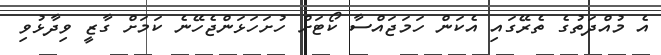
އެ މުއްދަތުގެ ތެރޭގައި އެކަން ހަމަޖައްސާ ކޯޓަށް ހުށަހަޅަންޖެހޭނެ ކަމަށް ގާޒީ ވިދާޅުވި